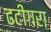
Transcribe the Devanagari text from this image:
ढटींगरा